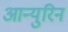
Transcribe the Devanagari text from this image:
आन्युरिन